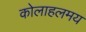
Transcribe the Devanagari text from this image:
कोलाहलमय